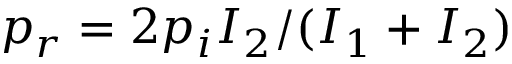
p _ { r } = 2 p _ { i } I _ { 2 } / ( I _ { 1 } + I _ { 2 } )